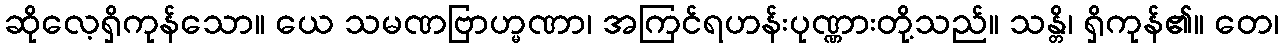
ဆိုလေ့ရှိကုန်သော။ ယေ သမဏဗြာဟ္မဏာ၊ အကြင်ရဟန်းပုဏ္ဏားတို့သည်။ သန္တိ၊ ရှိကုန်၏။ တေ၊